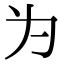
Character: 为